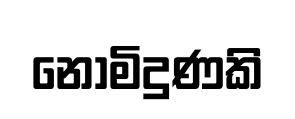
නොමිදුණකි